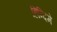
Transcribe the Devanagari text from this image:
हिन्दिमे